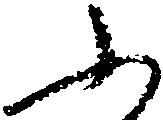
ふ